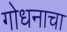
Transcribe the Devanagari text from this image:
गोधनाचा